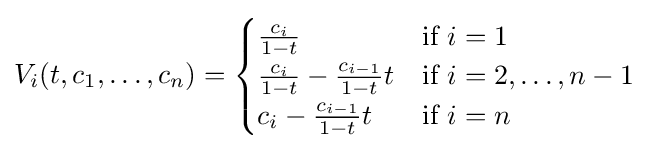
V_{i}(t,c_{1},\ldots ,c_{n})={\begin{cases}{c_{i} \over 1-t}&{\text{if }}i=1\\{c_{i} \over 1-t}-{c_{i-1} \over 1-t}t&{\text{if }}i=2,\ldots ,n-1\\c_{i}-{c_{i-1} \over 1-t}t&{\text{if }}i=n\end{cases}}